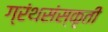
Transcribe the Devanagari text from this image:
ग्रंथसंस्कृती